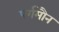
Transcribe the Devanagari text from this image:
पर्गमौन